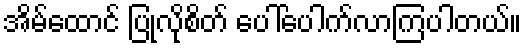
အိမ်ထောင် ပြုလိုစိတ် ပေါ်ပေါက်လာကြပါတယ်။